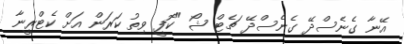
އޭނާ ގެނެސްދޭ ގެނެސްދޭ ޗެޓް ޝޯ "ކޮފީ ވިތު ކަރަން އަށް ކެޓްރީނާ